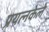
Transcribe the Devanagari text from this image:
प्रयत्‍नकेले